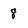
Character: 8